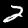
Digit: 2